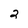
Character: 2